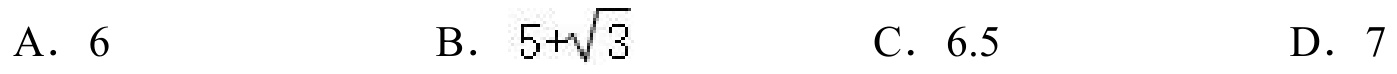
A. \(6\)
B. \(5 + \sqrt{3}\)
C. \(6.5\)
D. \(7\)